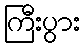
ကြီးပွား